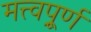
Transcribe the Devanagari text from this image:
मत्त्वपूर्र्ण